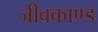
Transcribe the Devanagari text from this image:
जीवकाण्ड